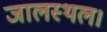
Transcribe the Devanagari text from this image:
जालस्थल।